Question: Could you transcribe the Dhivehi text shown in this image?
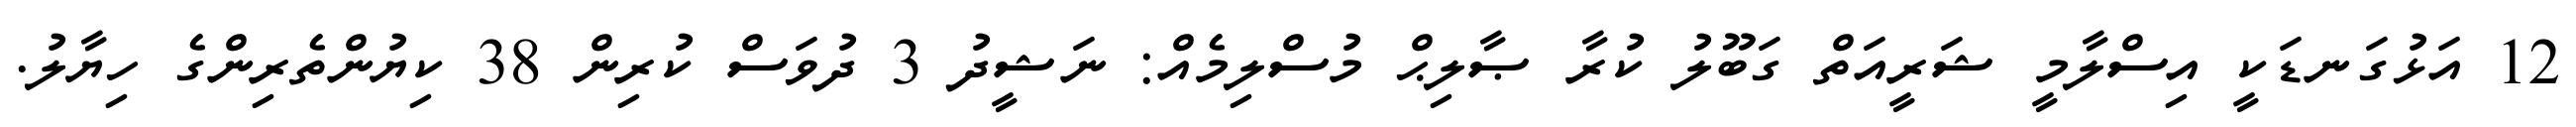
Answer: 12 އަޅުގަނޑަކީ އިސްލާމީ ޝަރީއަތް ގަބޫލު ކުރާ ޞާލިޙް މުސްލިމެއް: ނަޝީދު 3 ދުވަސް ކުރިން 38 ކިޔުންތެރިންގެ ހިޔާލު.